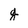
Character: g